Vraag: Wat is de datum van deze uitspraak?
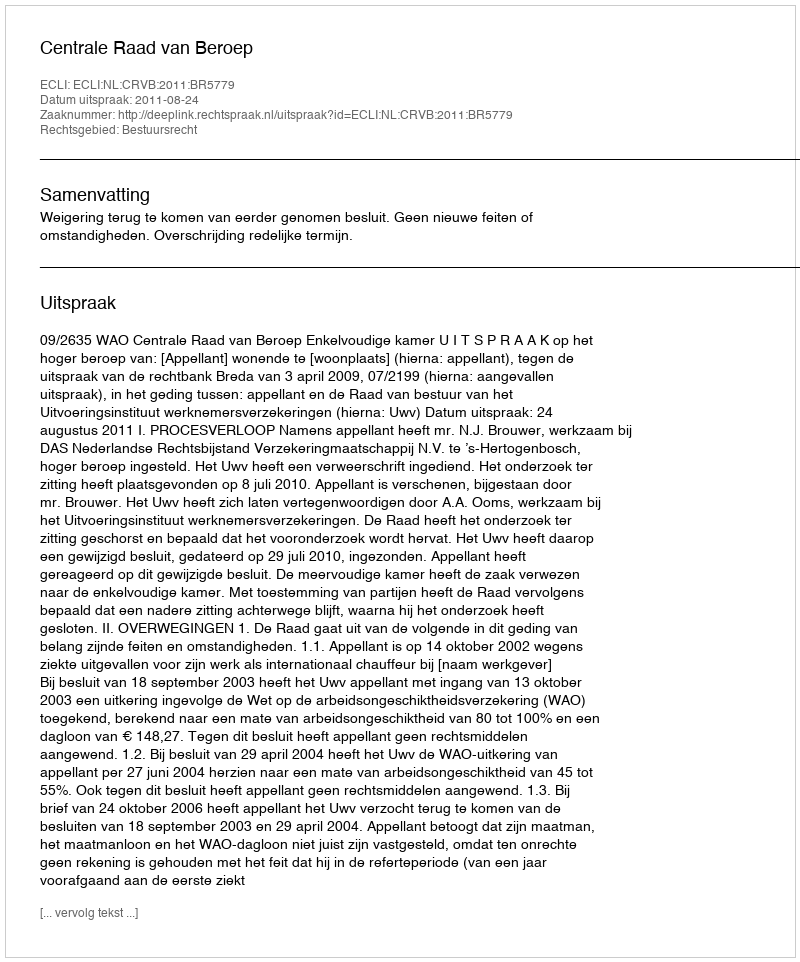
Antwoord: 2011-08-24